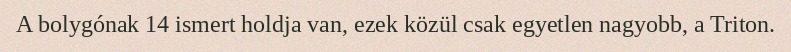
A bolygónak 14 ismert holdja van, ezek közül csak egyetlen nagyobb, a Triton.